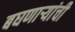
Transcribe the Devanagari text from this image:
बघणाऱ्यांची